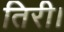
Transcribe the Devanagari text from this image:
तिरी।